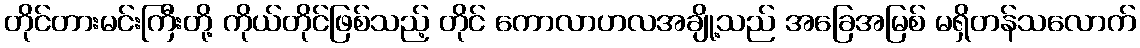
တိုင်တားမင်းကြီးတို့ ကိုယ်တိုင်ဖြစ်သည့် တိုင် ကောလာဟလအချို့သည် အခြေအမြစ် မရှိတန်သလောက်